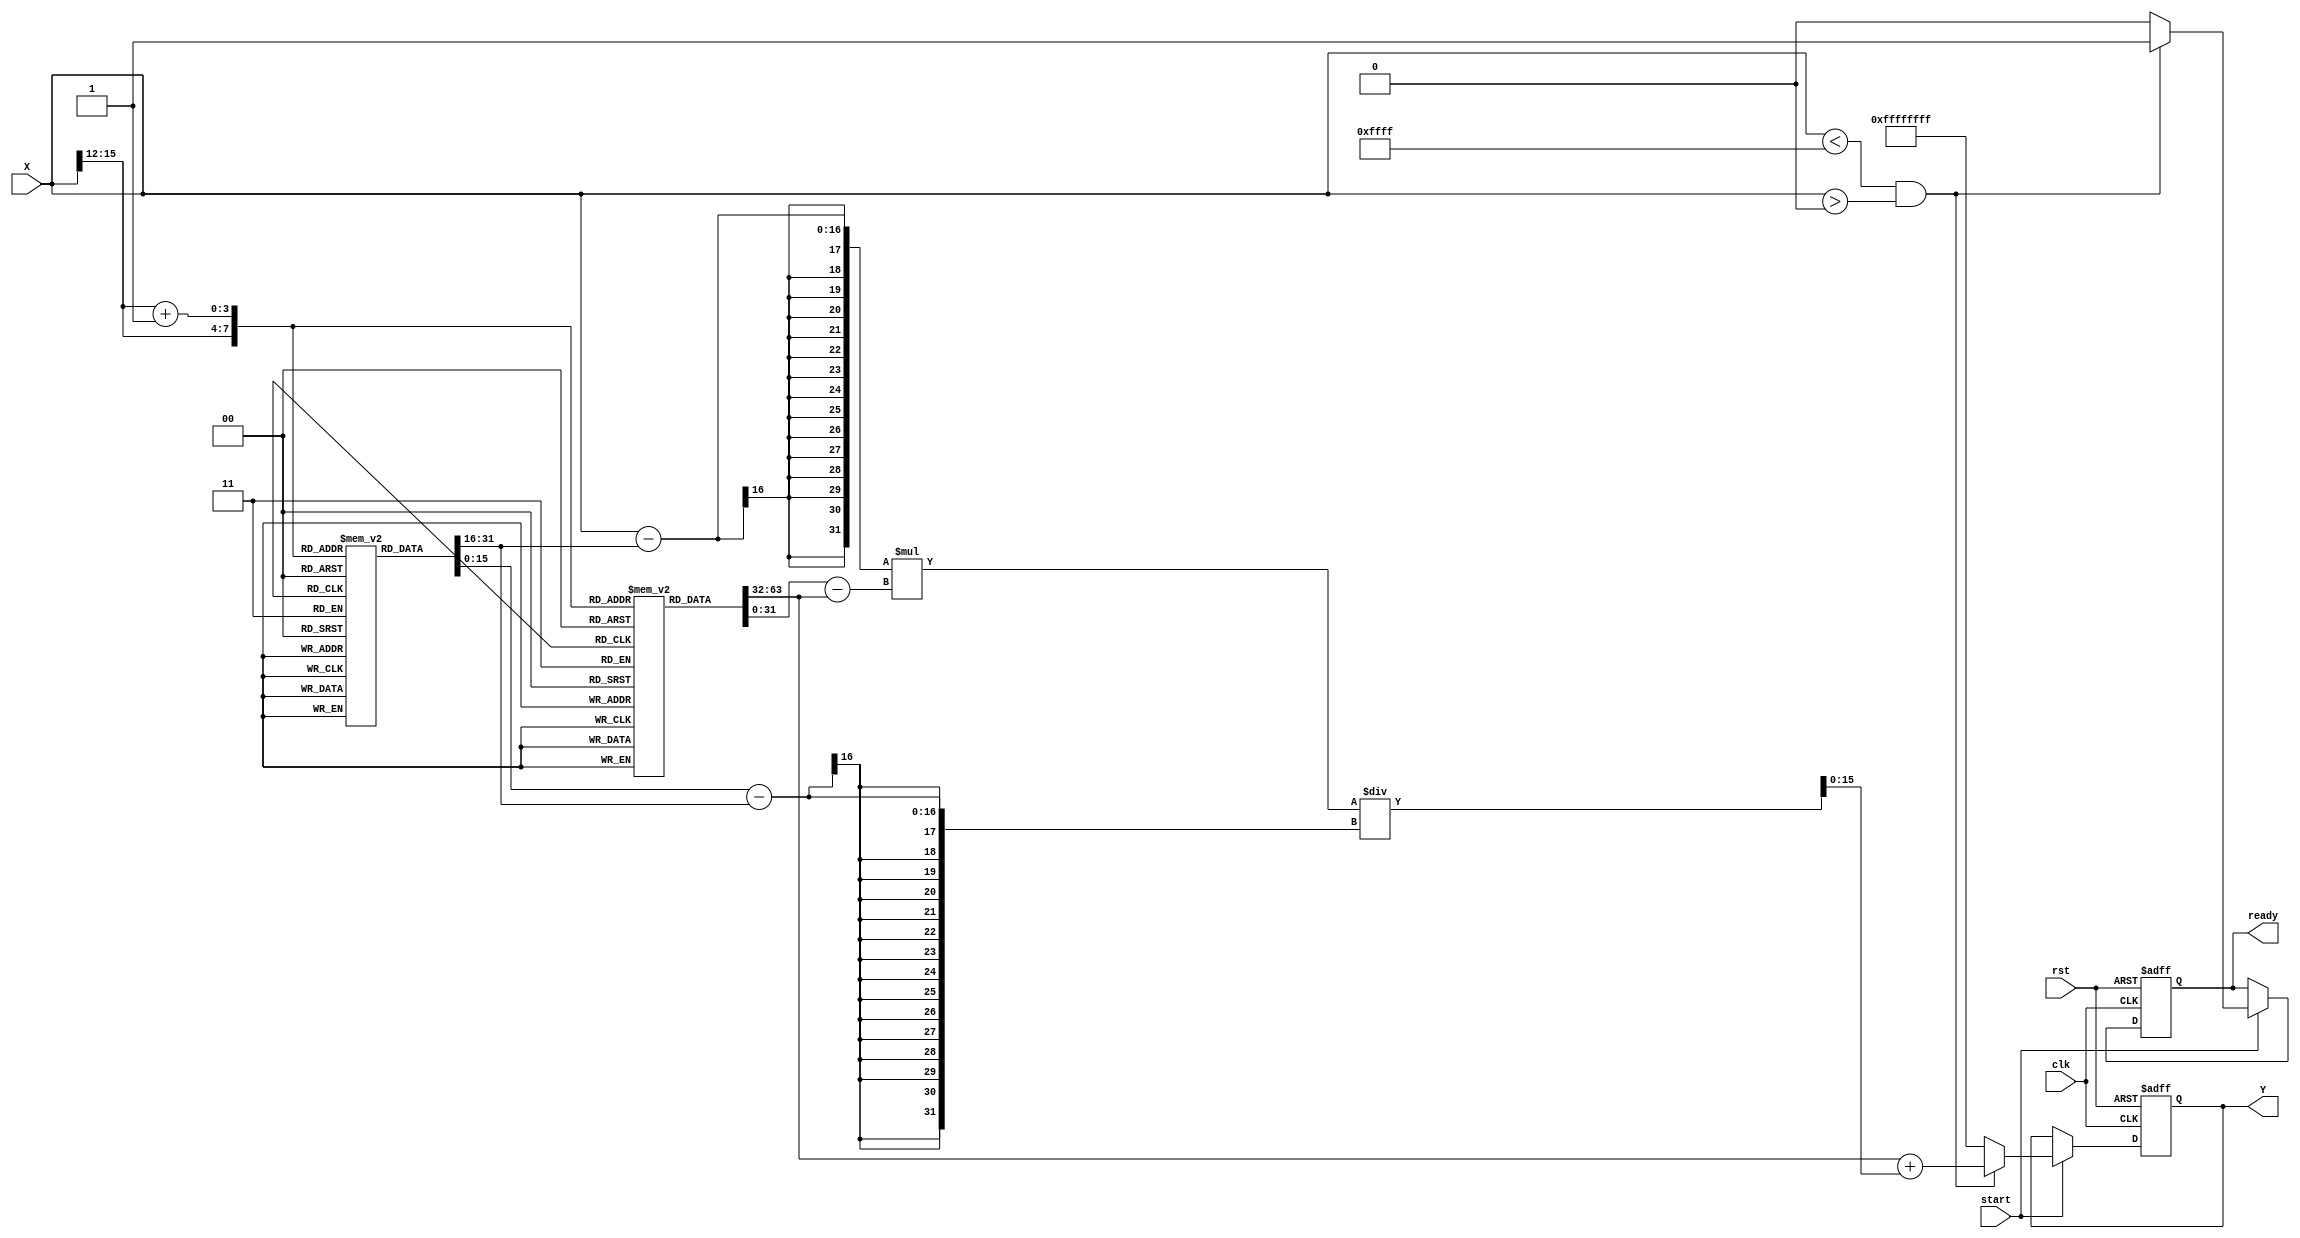
module acos_block (
    input wire [15:0] X,      // Input value in fixed-point representation [-1, 1]
    input wire clk,           // Clock signal
    input wire rst,           // Reset signal
    input wire start,         // Control signal to start computation
    output reg [31:0] Y,      // Output value in fixed-point representation [0, ]
    output reg ready          // Output valid signal
);

// Parameters
parameter LUT_SIZE = 16;             // Size of the lookup table
parameter FIXED_POINT_FRACTIONAL_BITS = 16; // Number of fractional bits in fixed-point representation

// LUT: Precomputed values of acos for some discrete input values.
reg [31:0] cos_lut [0:LUT_SIZE-1];    // LUT for acos, scaled to [0, ]
reg [15:0] lut_indices [0:LUT_SIZE-1]; // LUT indices for -1 to 1 mapped to integer values

// Internal signals
reg [15:0] input_index;               // Index for LUT
reg [15:0] next_index;                // Next index for interpolation
reg [15:0] delta;                     // Difference between next and current index
reg [31:0] lut_val_a, lut_val_b;      // Values from LUT for interpolation
reg [31:0] result;                    // Interpolated result

// Behavioral initialization of the LUT (scale to fixed-point representation)
initial begin
    // Populate the LUT with acos values scaled to [0, ]
    // These should be calculated externally and entered here
    cos_lut[0] = 32'h00000000; // acos(-1) = 0
    cos_lut[1] = 32'h1C71C71C; // acos(-0.9375) ~ 1.25
    cos_lut[2] = 32'h3231D32A; // Placeholders for nearly all critical values...
    cos_lut[3] = 32'h40000000; // acos(0) = /2
    cos_lut[4] = 32'h6D3E1A63; // acos(0.5) ~ /3
    cos_lut[5] = 32'h5A8298A3; // acos(0.84) ~ ~0.39
    cos_lut[6] = 32'h64FB3049; // acos(0.87) ~ ~0.58
    cos_lut[7] = 32'h7923A94E; // ...and more based on your desired LUT
    cos_lut[8] = 32'h80000000; // acos(1) = 
    // Initialization of LUT indices (Map -1 to 1 to integer index)
    lut_indices[0] = 16'h0000;  // -1
    lut_indices[1] = 16'h0406;  // -0.9375 (example)
    lut_indices[2] = 16'h080C;  // -0.5 (example)
    lut_indices[3] = 16'h1000;  // 0 (example)
    lut_indices[4] = 16'h1F00;  // 0.5 (example)
    lut_indices[5] = 16'h2000;  // 0.7454 (example)
    lut_indices[6] = 16'h3000;  // 0.87 (example)
    lut_indices[7] = 16'hFFFF;  // 1
end

// Control Logic
always @(posedge clk or posedge rst) begin
    if (rst) begin
        Y <= 32'b0;
        ready <= 1'b0;
    end
    else if (start) begin
        // Input validation
        if (X < 16'hFFFF && X > 16'h0000) begin // Map input to LUT index
            input_index = X >> (16 - ($clog2(LUT_SIZE))); // Example shifting for index
            next_index = input_index + 1;

            // Linear Interpolation Logic
            lut_val_a = cos_lut[input_index];
            lut_val_b = cos_lut[next_index];

            // delta calculation for interpolation
            delta = (X - lut_indices[input_index]) * (lut_val_b - lut_val_a) / (lut_indices[next_index] - lut_indices[input_index]);

            // Final result computation
            result = lut_val_a + delta;
            Y <= result;
            ready <= 1'b1;
        end else begin
            // Handle out-of-bounds with NaN or some error state
            Y <= 32'hFFFFFFFF; // Example NaN
            ready <= 1'b0;
        end
    end
end

endmodule